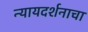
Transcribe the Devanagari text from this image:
न्यायदर्शनाचा